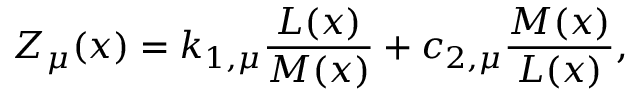
Z _ { \mu } ( x ) = k _ { 1 , \mu } \frac { L ( x ) } { M ( x ) } + c _ { 2 , \mu } \frac { M ( x ) } { L ( x ) } ,